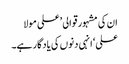
ان کی مشہور قوالی ’علی مولا
علی‘ انہی دنوں کی یادگار ہے۔